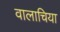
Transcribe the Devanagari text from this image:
वालाचिया